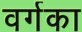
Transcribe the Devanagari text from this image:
वर्गका